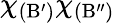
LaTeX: \chi_{\mathrm{(B^{\prime})}}\chi_{\mathrm{(B^{\prime\prime})}}